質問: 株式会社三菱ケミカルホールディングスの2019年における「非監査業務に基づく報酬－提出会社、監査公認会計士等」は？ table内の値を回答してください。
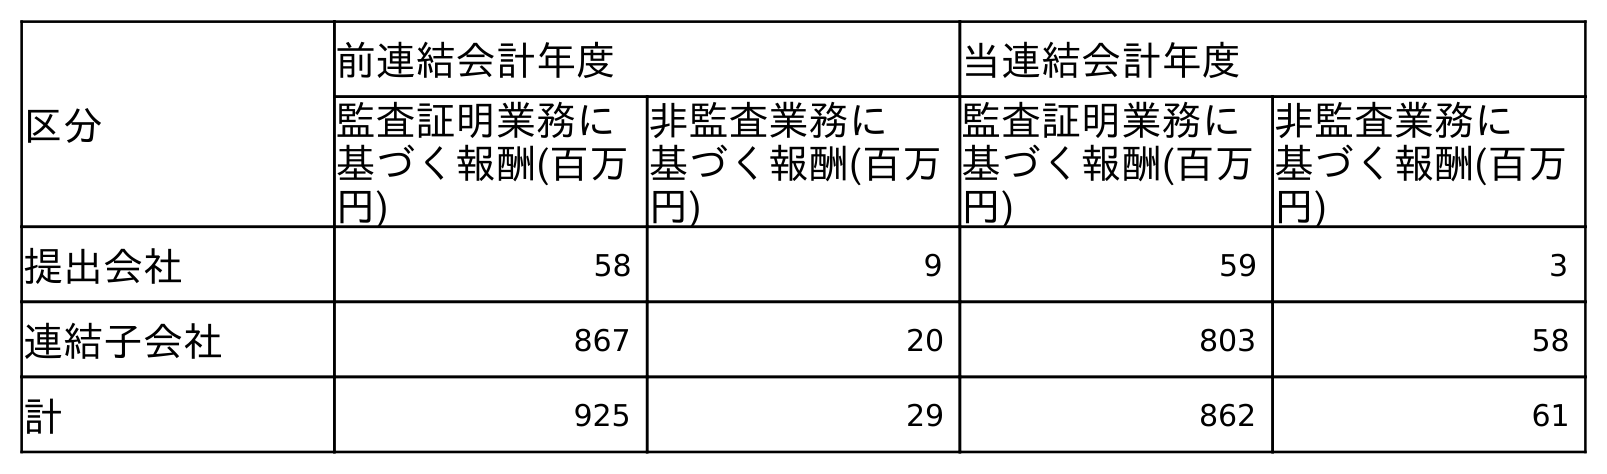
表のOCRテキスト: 区分 前連結会計年度 当連結会計年度 監査証明業務に 基づく報酬(百万 円) 非監査業務に 基づく報酬(百万 円) 監査証明業務に 基づく報酬(百万 円) 非監査業務に 基づく報酬(百万 円) 提出会社 58 9 59 3 連結子会社 867 20 803 58 計 925 29 862 61
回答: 9